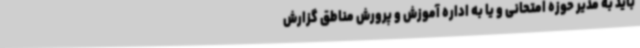
باید به مدیر حوزه امتحانی و یا به اداره آموزش و پرورش مناطق گزارش